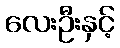
လေးဦးနှင့်